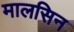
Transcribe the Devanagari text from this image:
मालसिन